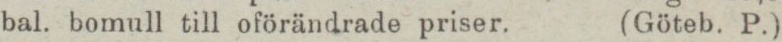
bal. bomull till oförändrade priser.    (Göteb. P.)